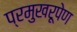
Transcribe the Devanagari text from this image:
प्रमुखरूपेण